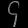
Digit: ၄